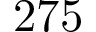
2 7 5